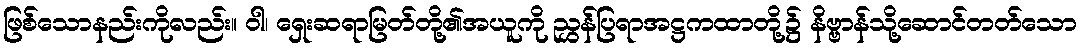
ဖြစ်သောနည်းကိုလည်း။ ဝါ၊ ရှေးဆရာမြတ်တို့၏အယူကို ညွှန်ပြရာအဋ္ဌကထာတို့၌ နိဗ္ဗာန်သို့ဆောင်တတ်သော